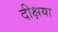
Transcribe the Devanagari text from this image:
दीक्षया